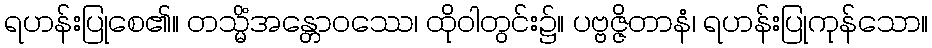
ရဟန်းပြုစေ၏။ တသ္မိံအန္တောဝဿေ၊ ထိုဝါတွင်း၌။ ပဗ္ဗဇ္ဇိတာနံ၊ ရဟန်းပြုကုန်သော။